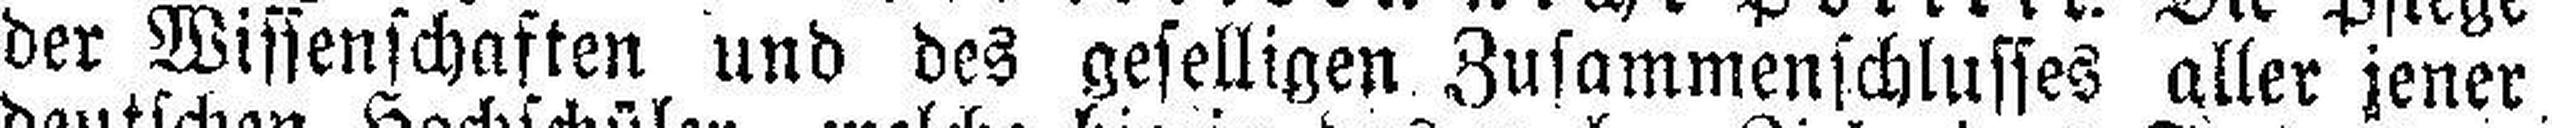
der Wissenschaften und des geselligen Zusammenschlusses aller jener